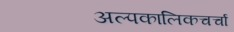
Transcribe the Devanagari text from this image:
अल्पकालिकचर्चा